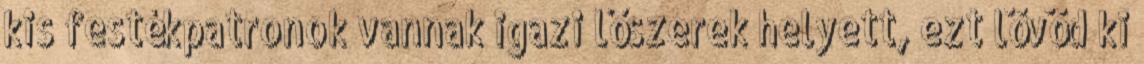
kis festékpatronok vannak igazi lőszerek helyett, ezt lövöd ki